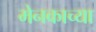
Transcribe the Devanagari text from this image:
मेनकाच्या